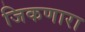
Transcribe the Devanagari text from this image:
जिकणारा